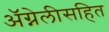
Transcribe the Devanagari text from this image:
ॲग्नेलीसहित